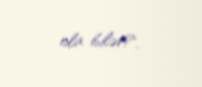
ola bilər?.